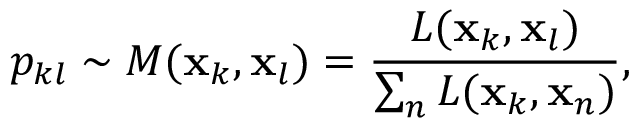
p _ { k l } \sim M ( \mathbf { x } _ { k } , \mathbf { x } _ { l } ) = \frac { L ( \mathbf { x } _ { k } , \mathbf { x } _ { l } ) } { \sum _ { n } L ( \mathbf { x } _ { k } , \mathbf { x } _ { n } ) } ,